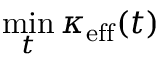
\operatorname* { m i n } _ { t } \kappa _ { \mathrm { e f f } } ( t )